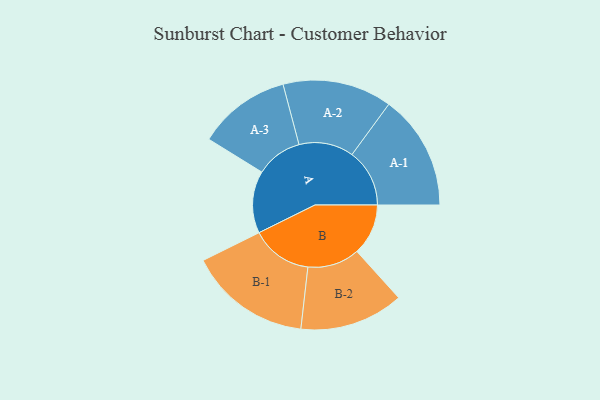
{"axis": {"x": "Segment", "y": "Value"}, "legend": ["", "A", "B"], "data": [{"x": "A", "y": 257, "type": ""}, {"x": "B", "y": 212, "type": ""}, {"x": "A-1", "y": 238, "type": "A"}, {"x": "A-2", "y": 226, "type": "A"}, {"x": "A-3", "y": 192, "type": "A"}, {"x": "B-1", "y": 253, "type": "B"}, {"x": "B-2", "y": 215, "type": "B"}]}